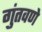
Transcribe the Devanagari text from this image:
गुंतवणे